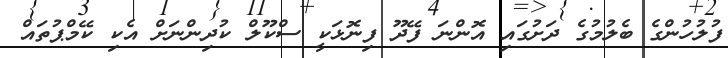
ފުލުހުންގެ ބެލުމުގެ ދަށުގައި އޮންނަ ފޭދޫ ފިނޮޅަކީ ސްކޫލް ކުދިންނަށް އެކި ކޭމްޕުތައް